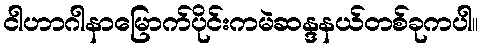
ငါဟာဂါနာမြောက်ပိုင်းကမဲဆန္ဒနယ်တစ်ခုကပါ။